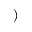
)